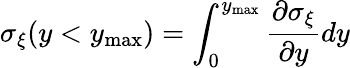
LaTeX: \sigma_{\xi}(y<y_{\operatorname*{max}})=\int_{0}^{y_{\operatorname*{max}}}\frac{\partial\sigma_{\xi}}{\partial y}dy